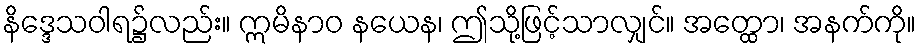
နိဒ္ဒေသဝါရ၌လည်း။ ဣမိနာဝ နယေန၊ ဤသို့ဖြင့်သာလျှင်။ အတ္ထော၊ အနက်ကို။